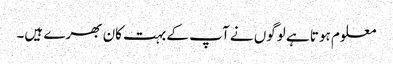
معلوم ہوتا ہے لوگوں نے آپ کے بہت کان بھرے ہیں۔